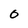
Character: O